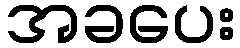
အခပေး